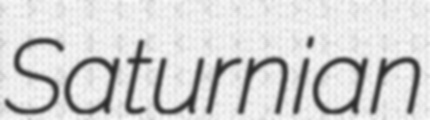
Saturnian